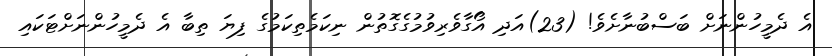
އެ ދެމީހުންނަށް ބަސްބުނާށެވެ! (23)އަދި އޯގާވެރިވުމުގެގޮތުން ނިކަމެތިކަމުގެ ފިޔަ ތިބާ އެ ދެމީހުންނަށްޓަކައި